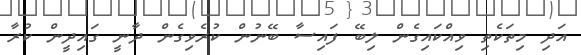
އަދި މިތަކެތި ވިއްކައިގެން ލިބޭ ފައިސާ ބޭނުން ކުރެވިގެން ދާނީ ގައިދީން ކުރާ